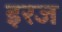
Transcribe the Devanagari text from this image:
इरज